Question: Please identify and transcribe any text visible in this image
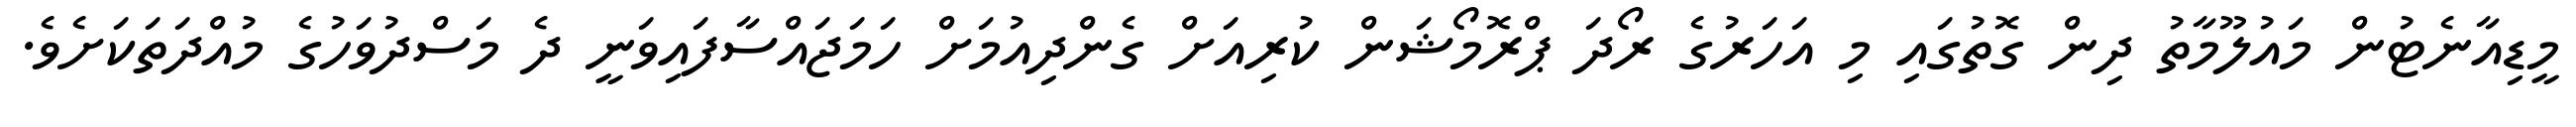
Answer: މީޑިއާނެޓުން މައުލޫމާތު ދިން ގޮތުގައި މި އަހަރުގެ ރޯދަ ޕްރޮމޯޝަން ކުރިއަށް ގެންދިއުމަށް ހަމަޖައްސާފައިވަނީ ދެ މަސްދުވަހުގެ މުއްދަތަކަށެވެ.